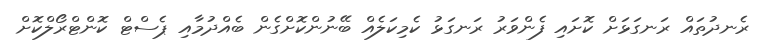
ރެނދުތައް ރަނގަޅަށް ކޮށައި ފެންވަރު ރަނގަޅު ކެމިކަލެއް ބޭނުންކޮށްގެން ބެއްދުމާއި ޕެސްޓް ކޮންޓްރޯލްކޮށް